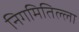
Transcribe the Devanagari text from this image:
निगमितिल्ला